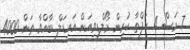
7 މަސް 4 ހަފްތާ ކުރިން މޯލްޑިވިއަން އައިޑަލް ބާއްވާ ތަން 4000